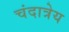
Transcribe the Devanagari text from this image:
चंदात्रेय